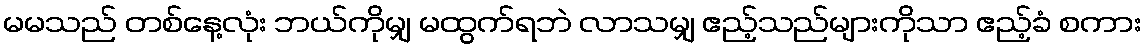
မမသည် တစ်နေ့လုံး ဘယ်ကိုမျှ မထွက်ရဘဲ လာသမျှ ဧည့်သည်များကိုသာ ဧည့်ခံ စကား